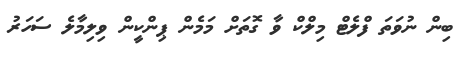
ބިން ނުވަތަ ފްލެޓް މިލްކް ވާ ގޮތަށް މަމެން ޕިންކީން ވިލިމާލެ ސަހަރު